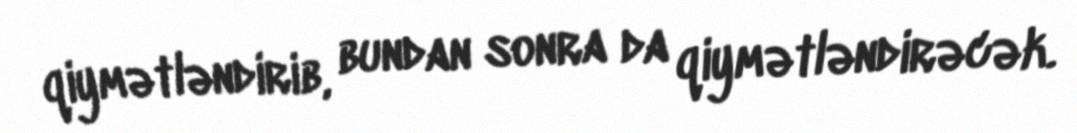
qiymətləndirib, bundan sonra da qiymətləndirəcək.